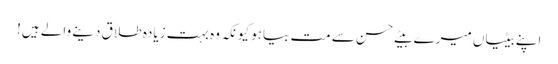
اپنے بیٹیاں میرے بیٹے حسن سے مت بیاہو کیونکہ وہ بہت زیادہ طلاق دینے والے ہیں!